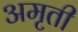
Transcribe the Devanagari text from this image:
अमृती